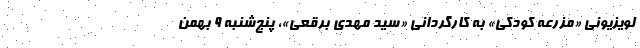
لویزیونی «مزرعه کودکی» به کارگردانی «سید مهدی برقعی»، پنج‌شنبه ۹ بهمن